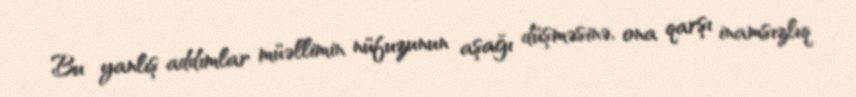
Bu yanlış addımlar müəllimin nüfuzunun aşağı düşməsinə, ona qarşı inamsızlıq